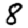
Digit: 8